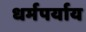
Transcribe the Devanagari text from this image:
धर्मपर्याय